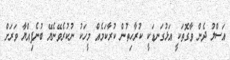
އަސްލު ދެން ވާގޮތަކީ އަޅުގަނޑަކީ ކުރާހިތުން ކުރާކަމެއް މީހަކު ނުކުރެވޭނެޔޭ ބުނެފިއްޔާ ވަރަށް